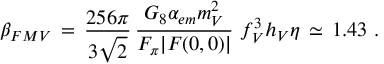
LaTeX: \beta _ { F M V } \, = \, \frac { 2 5 6 \pi } { 3 \sqrt { 2 } } \, \frac { G _ { 8 } \alpha _ { e m } m _ { V } ^ { 2 } } { F _ { \pi } | F ( 0 , 0 ) | } \, \, f _ { V } ^ { 3 } h _ { V } \eta \, \simeq \, 1 . 4 3 ~ .